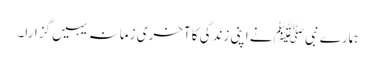
ہمارے نبی ﷺ نے اپنی زندگی کا آخری زمانہ یہیں گزارا۔